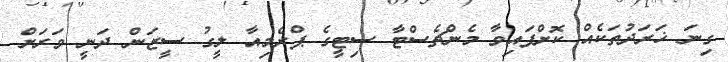
ގިނަ ޚަރަދުތަކެއް ކޮށްފައިވާ މެންޗެސްޓާ ސިޓީގެ ޕްރެމިއާ ލީގު ސީޒަން ދަނީ ވަރަށް